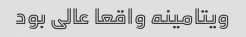
ویتامینه واقعا عالی بود